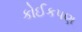
કોઈકપણ